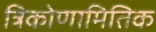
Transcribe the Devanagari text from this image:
त्रिकोणामितिक